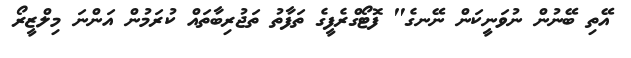
އޭތި ބޭނުން ނުވަނީކަން ނޭނގެ" ފޮޓޯގްރެފީގެ ތަފާތު ތަޖުރިބާތައް ކުރަމުން އަންނަ މިލްޒީރޯ